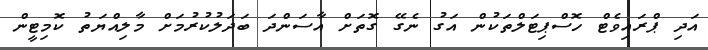
އަދި ޕްރައިވެޓް ހޮސްޕިޓަލްތަކުން އަގު ނެގޭ ގޮތަށް އާސަންދަ ބަދަލުކުރުމަށް މާލިއްޔަތު ކޮމިޓީން